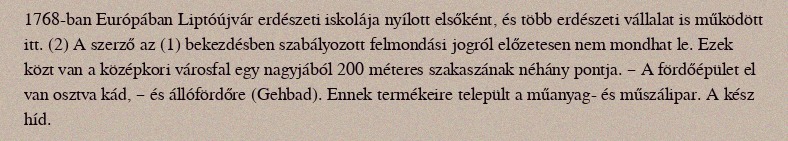
1768-ban Európában Liptóújvár erdészeti iskolája nyílott elsőként, és több erdészeti vállalat is működött itt. (2) A szerző az (1) bekezdésben szabályozott felmondási jogról előzetesen nem mondhat le. Ezek közt van a középkori városfal egy nagyjából 200 méteres szakaszának néhány pontja. – A fördőépület el van osztva kád, – és állófördőre (Gehbad). Ennek termékeire települt a műanyag- és műszálipar. A kész híd.